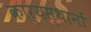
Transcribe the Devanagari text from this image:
कार्यस्थानों